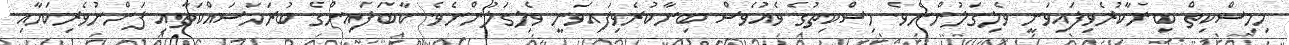
މިމިސްކިތް ބިނާކުރެވިފައިވަނީ ވެލިގަލުންނެވެ. މިސްކިތުގެ ވެއުވެސް ބިނާކުރެވިފައިވަނީ ވެލިގަލުންނެވެ. ކާބަފައިންގެ ބުރަމަސައްކަތާއި ފަންނުވެރިކަމާއި